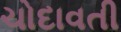
ચોદાવતી